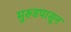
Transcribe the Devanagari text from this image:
मुरुडपासून